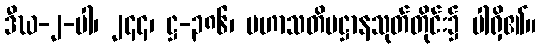
ဒီဃ-၂-ပါ၊ ၂၄၄၊ ဋ္ဌ-၃၈၆၊ မဟာသတိပဋ္ဌာနသုတ်တိုင်း၌ ပါရှိ၏။